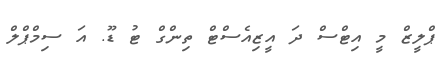
ޕްލީޒް މީ އިޓްސް ދަ އީޒިއެސްޓް ތިންގް ޓު ޑޫ. އަ ސިމްޕްލް